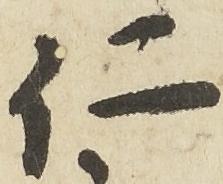
仁